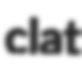
clat